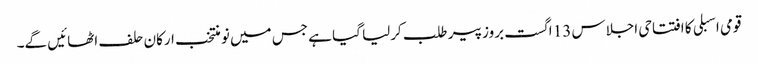
قومی اسبلی کا افتتاحی اجلاس 13 اگست بروز پیر طلب کرلیا گیا ہے جس میں نو منتخب ارکان حلف اٹھائیں گے۔